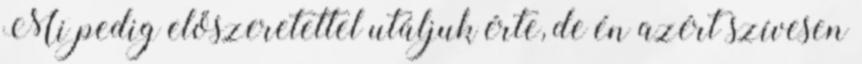
Mi pedig előszeretettel utáljuk érte, de én azért szívesen